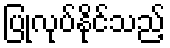
ပြုလုပ်နိုင်သည့်